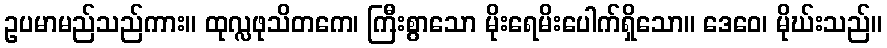
ဥပမာမည်သည်ကား။ ထုလ္လဖုသိတကေ၊ ကြီးစွာသော မိုးရေမိးပေါက်ရှိသော။ ဒေဝေ၊ မိုဃ်းသည်။